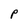
Character: P